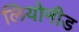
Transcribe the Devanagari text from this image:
लियोनीड